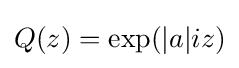
Q(z)=\exp(|a|iz)